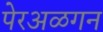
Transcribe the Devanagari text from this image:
पेरअळगन